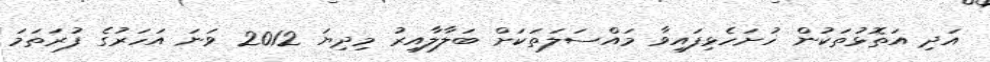
އަދި އަތޮޅުތަކުން ހުށަހެޅިފައިވާ މައްސަލަތަކަށް ބަލާލާއިރު މިދިޔަ 2012 ވަނަ އަހަރުގެ ފުރަތަމަ